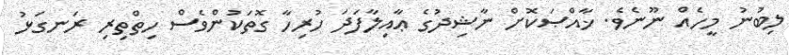
ލިބުނު މީހެއް ނޫނެވެ. ޚާއްޞަކޮށް ނާޝިދުގެ ޢާއިލާފަދަ ހުރިހާ ގޮތަކުންވެސް ހިތްތިރި ރަނގަޅު